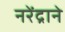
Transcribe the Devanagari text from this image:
नरेंद्राने